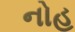
નોહ